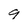
Character: g